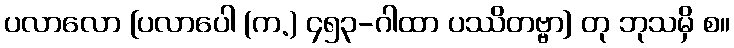
ပလာလော [ပလာပေါ (က.) ၄၅၃-ဂါထာ ပဿိတဗ္ဗာ] တု ဘုသမှိ စ။